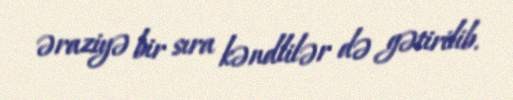
əraziyə bir sıra kəndlilər də gətirilib.